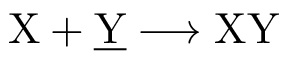
\mathrm { X + \underline { { Y } } \longrightarrow X Y }